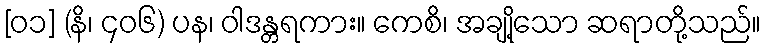
[၀၁] (နိ၊ ၄၀၆) ပန၊ ဝါဒန္တရကား။ ကေစိ၊ အချို့သော ဆရာတို့သည်။